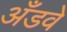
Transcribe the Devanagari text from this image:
अँडवे